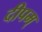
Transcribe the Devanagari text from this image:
दीपम्